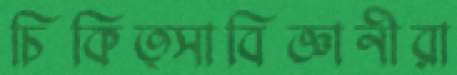
চিকিত্সাবিজ্ঞানীরা